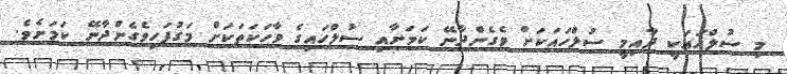
މި ސުލްހައަކީ ދާއިމީ ސުލްހައަކަށް ވެގެންދާނޭ ކަމަށާއި ސުލްހައިގެ ވާހަކަތަކަށް މަގުފަހިވެގެންދާނޭ ކަމަށެވެ.